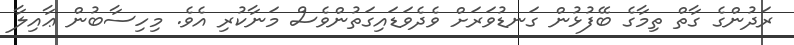
ރަދުންގެ ގާތް ތިމާގެ ބޭފުޅުން ގަނޑުވަރަށް ވެދެވަޑައިގަތުންވެސް މަނާކުރި އެވެ. މިހިސާބުން ޢާއިލާ